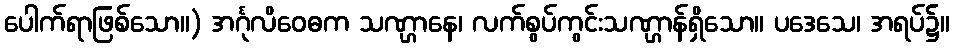
ပေါက်ရာဖြစ်သော။) အင်္ဂုလိဝေဓက သဏ္ဌာနေ၊ လက်စွပ်ကွင်းသဏ္ဌာန်ရှိသော။ ပဒေသေ၊ အရပ်၌။